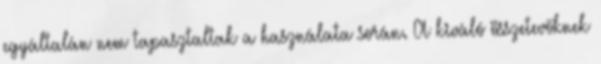
egyáltalán nem tapasztaltak a használata során. A kiváló összetevőknek